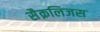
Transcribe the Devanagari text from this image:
सैक्रलिजस